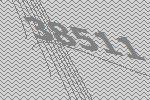
38511